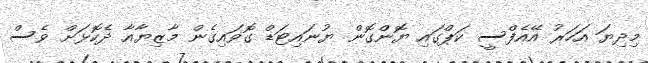
މިދިޔަ އަހަރު އޭއެފްސީ ކަޕްގައި ޔޮންގޮން ޔުނައިޓަޑް ގޮވައިގެން މާޒިޔާއާ ދެކޮޅަށް ވެސް